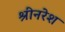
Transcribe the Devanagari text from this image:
श्रीनरेश